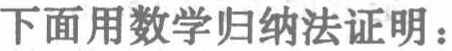
下面用数学归纳法证明：